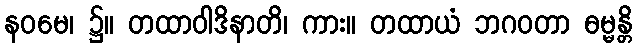
နဝမေ၊ ၌။ တထာဝါဒိနာတိ၊ ကား။ တထာယံ ဘဂဝတာ ဓမ္မန္တိ